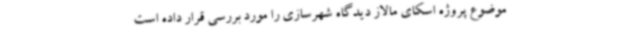
موضوع پروژه اسکای مالاز دیدگاه شهرسازی را مورد بررسی قرار داده است